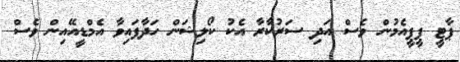
ޕާޓީ ޕީޕީއެމުން ވެސް އަދި ސަރުކާރާ އެކު ކޯލިޝަން ހަދާފައިވާ އެމްޑީއޭއިން ވެސް